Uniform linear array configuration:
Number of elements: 12
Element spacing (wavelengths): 0.25
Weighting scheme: hann
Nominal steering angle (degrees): -30
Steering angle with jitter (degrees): -31.063
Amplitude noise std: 0.05
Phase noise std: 0.05

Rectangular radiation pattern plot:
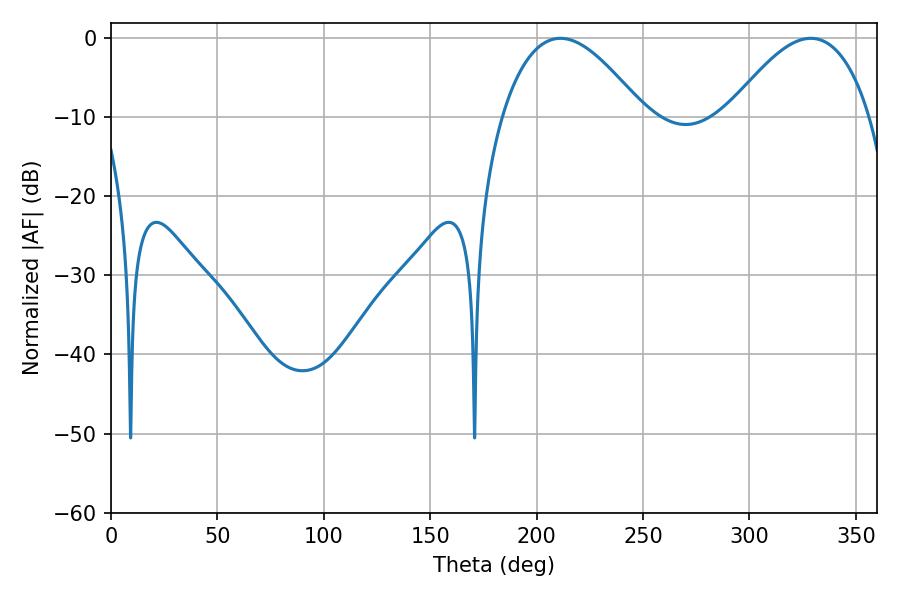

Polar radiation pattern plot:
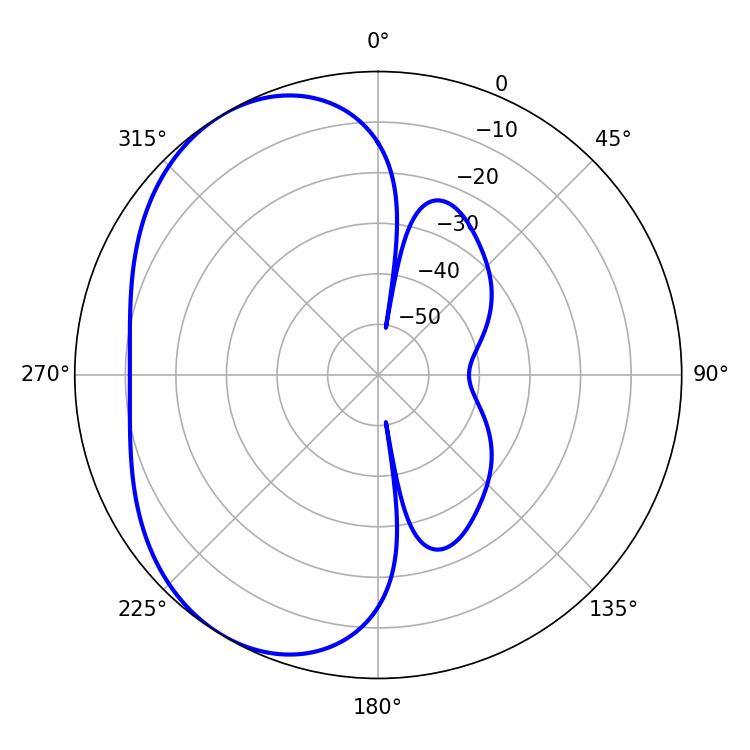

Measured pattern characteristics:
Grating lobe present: FALSE
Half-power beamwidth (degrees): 36.36
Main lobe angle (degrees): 328.86